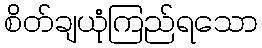
စိတ်ချယုံကြည်ရသော